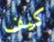
كيف